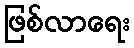
ဖြစ်လာရေး